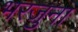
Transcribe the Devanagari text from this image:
भरजुना